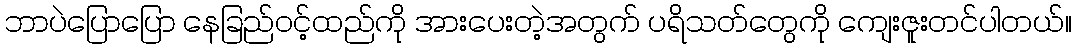
ဘာပဲပြောပြော နေခြည်ဝင့်ထည်ကို အားပေးတဲ့အတွက် ပရိသတ်တွေကို ကျေးဇူးတင်ပါတယ်။